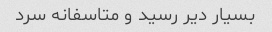
بسیار دیر رسید و متاسفانه سرد